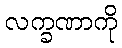
လက္ခဏာကို